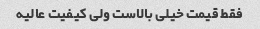
فقط قیمت خیلی بالاست ولی کیفیت عالیه